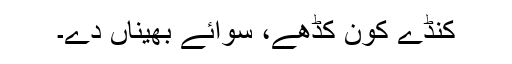
کنڈے کون کڈھے، سوائے بھیناں دے۔